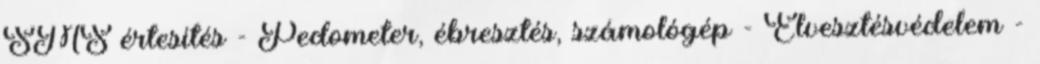
SMS értesítés - Pedometer, ébresztés, számológép - Elvesztésvédelem -